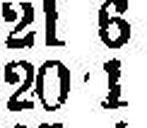
20•1